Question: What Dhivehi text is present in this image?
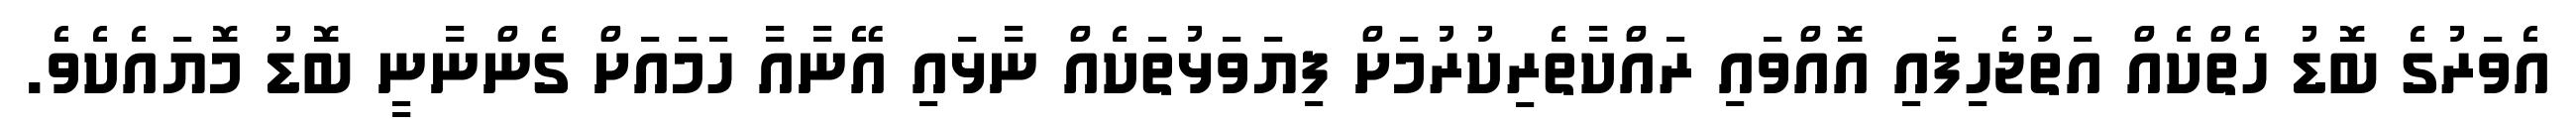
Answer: އެވަރުގެ ބޮޑު ހެތްކެއް އަތުޖެހިފައި އޮއްވައި ރައްކާތެރިކުރުމަށް ފިޔަވަޅުތަކެއް ނާޅައި އޭނާއާ ހަމައަށް ގެންނާނީ ބޮޑު މޮޔައެކެވެ.